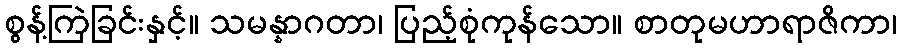
စွန့်ကြဲခြင်းနှင့်။ သမန္နာဂတာ၊ ပြည့်စုံကုန်သော။ စာတုမဟာရာဇိကာ၊